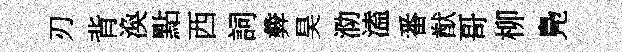
刃背渙點西詞彜昊泐溘番猷哥柳鳬